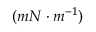
( m N \cdot m ^ { - 1 } )